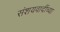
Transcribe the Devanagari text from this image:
संशयवादींच्या